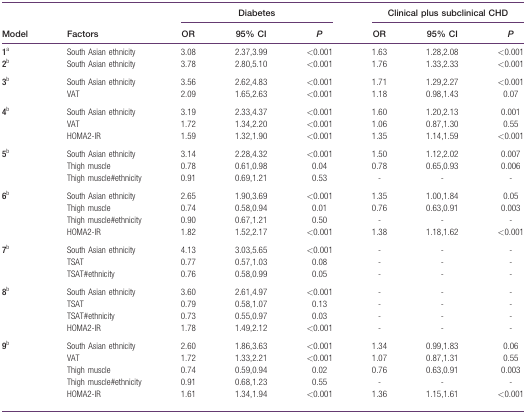
<table><thead><tr><td rowspan="2"><b>Model</b></td><td rowspan="2"><b>Factors</b></td><td colspan="3"><b>Diabetes</b></td><td colspan="3"><b>Clinical plus subclinical CHD</b></td></tr><tr><td><b>OR</b></td><td><b>95% CI</b></td><td><b><i>P</i></b></td><td><b>OR</b></td><td><b>95% CI</b></td><td><b><i>P</i></b></td></tr></thead><tbody><tr><td><b>1</b>a</td><td>South Asian ethnicity</td><td>3.08</td><td>2.37,3.99</td><td>&lt;0.001</td><td>1.63</td><td>1.28,2.08</td><td>&lt;0.001</td></tr><tr><td><b>2</b>b</td><td>South Asian ethnicity</td><td>3.78</td><td>2.80,5.10</td><td>&lt;0.001</td><td>1.76</td><td>1.33,2.33</td><td>&lt;0.001</td></tr><tr><td rowspan="2"><b>3</b>b</td><td>South Asian ethnicity</td><td>3.56</td><td>2.62,4.83</td><td>&lt;0.001</td><td>1.71</td><td>1.29,2.27</td><td>&lt;0.001</td></tr><tr><td>VAT</td><td>2.09</td><td>1.65,2.63</td><td>&lt;0.001</td><td>1.18</td><td>0.98,1.43</td><td>0.07</td></tr><tr><td rowspan="3"><b>4</b>b</td><td>South Asian ethnicity</td><td>3.19</td><td>2.33,4.37</td><td>&lt;0.001</td><td>1.60</td><td>1.20,2.13</td><td>0.001</td></tr><tr><td>VAT</td><td>1.72</td><td>1.34,2.20</td><td>&lt;0.001</td><td>1.06</td><td>0.87,1.30</td><td>0.55</td></tr><tr><td>HOMA2-IR</td><td>1.59</td><td>1.32,1.90</td><td>&lt;0.001</td><td>1.35</td><td>1.14,1.59</td><td>&lt;0.001</td></tr><tr><td rowspan="3"><b>5</b>b</td><td>South Asian ethnicity</td><td>3.14</td><td>2.28,4.32</td><td>&lt;0.001</td><td>1.50</td><td>1.12,2.02</td><td>0.007</td></tr><tr><td>Thigh muscle</td><td>0.78</td><td>0.61,0.98</td><td>0.04</td><td>0.78</td><td>0.65,0.93</td><td>0.006</td></tr><tr><td>Thigh muscle#ethnicity</td><td>0.91</td><td>0.69,1.21</td><td>0.53</td><td>-</td><td>-</td><td>-</td></tr><tr><td rowspan="4"><b>6</b>b</td><td>South Asian ethnicity</td><td>2.65</td><td>1.90,3.69</td><td>&lt;0.001</td><td>1.35</td><td>1.00,1.84</td><td>0.05</td></tr><tr><td>Thigh muscle</td><td>0.74</td><td>0.58,0.94</td><td>0.01</td><td>0.76</td><td>0.63,0.91</td><td>0.003</td></tr><tr><td>Thigh muscle#ethnicity</td><td>0.90</td><td>0.67,1.21</td><td>0.50</td><td>-</td><td>-</td><td>-</td></tr><tr><td>HOMA2-IR</td><td>1.82</td><td>1.52,2.17</td><td>&lt;0.001</td><td>1.38</td><td>1.18,1.62</td><td>&lt;0.001</td></tr><tr><td rowspan="3"><b>7</b>b</td><td>South Asian ethnicity</td><td>4.13</td><td>3.03,5.65</td><td>&lt;0.001</td><td>-</td><td>-</td><td>-</td></tr><tr><td>TSAT</td><td>0.77</td><td>0.57,1.03</td><td>0.08</td><td>-</td><td>-</td><td>-</td></tr><tr><td>TSAT#ethnicity</td><td>0.76</td><td>0.58,0.99</td><td>0.05</td><td>-</td><td>-</td><td>-</td></tr><tr><td rowspan="4"><b>8</b>b</td><td>South Asian ethnicity</td><td>3.60</td><td>2.61,4.97</td><td>&lt;0.001</td><td>-</td><td>-</td><td>-</td></tr><tr><td>TSAT</td><td>0.79</td><td>0.58,1.07</td><td>0.13</td><td>-</td><td>-</td><td>-</td></tr><tr><td>TSAT#ethnicity</td><td>0.73</td><td>0.55,0.97</td><td>0.03</td><td>-</td><td>-</td><td>-</td></tr><tr><td>HOMA2-IR</td><td>1.78</td><td>1.49,2.12</td><td>&lt;0.001</td><td>-</td><td>-</td><td>-</td></tr><tr><td rowspan="5"><b>9</b>b</td><td>South Asian ethnicity</td><td>2.60</td><td>1.86,3.63</td><td>&lt;0.001</td><td>1.34</td><td>0.99,1.83</td><td>0.06</td></tr><tr><td>VAT</td><td>1.72</td><td>1.33,2.21</td><td>&lt;0.001</td><td>1.07</td><td>0.87,1.31</td><td>0.55</td></tr><tr><td>Thigh muscle</td><td>0.74</td><td>0.59,0.94</td><td>0.02</td><td>0.76</td><td>0.63,0.91</td><td>0.003</td></tr><tr><td>Thigh muscle#ethnicity</td><td>0.91</td><td>0.68,1.23</td><td>0.55</td><td>-</td><td>-</td><td>-</td></tr><tr><td>HOMA2-IR</td><td>1.61</td><td>1.34,1.94</td><td>&lt;0.001</td><td>1.36</td><td>1.15,1.61</td><td>&lt;0.001</td></tr></tbody></table>